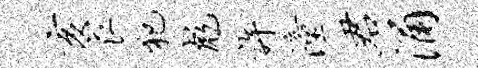
亥衣犯彪许潼君涌